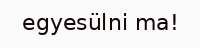
egyesülni ma!